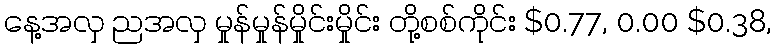
နေ့အလှ ညအလှ မှုန်မှုန်မှိုင်းမှိုင်း တို့စစ်ကိုင်း $0.77, 0.00 $0.38,